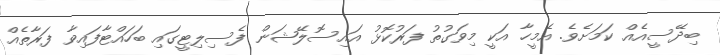
ބިދޭސީއެއް ކަމަށެވެ. އެމީހާ އަކީ މިވަގުތު ފަރުކޮޅު އައިސޮލޭޝަން ފެސިލިޓީގައި ބަހައްޓާފައިވާ ފަރާތެއް